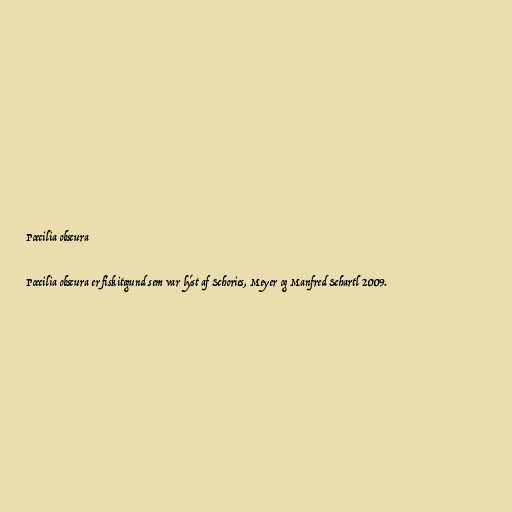
Poecilia obscura

Poecilia obscura er fiskitegund sem var lýst af Schories, Meyer og Manfred Schartl 2009.